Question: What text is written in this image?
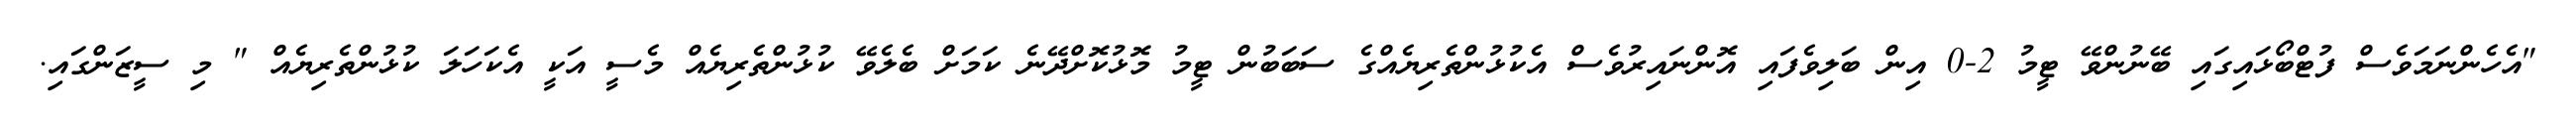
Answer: "އެހެންނަމަވެސް ފުޓްބޯޅައިގައި ބޭނުންވޭ ޓީމު 2-0 އިން ބަލިވެފައި އޮންނައިރުވެސް އެކުޅުންތެރިޔެއްގެ ސަބަބުން ޓީމު މޮޅުކޮށްދޭނެ ކަމަށް ބެލެވޭ ކުޅުންތެރިޔެއް މެސީ އަކީ އެކަހަލަ ކުޅުންތެރިޔެއް " މި ސީޒަންގައި.